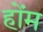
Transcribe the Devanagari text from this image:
होंम